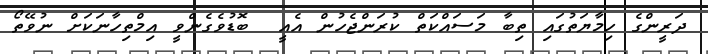
ދަރީންގެ ހިމާޔަތުގައި ތިބާ މަސައްކަތް ކުރަންޖެހުން އެއީ  ބޮޑުވެގެންވީ އިމްތިހާނަކަށް ނުވޭތޯ